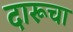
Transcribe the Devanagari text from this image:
दारूचा